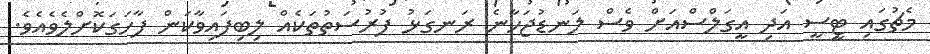
މެޗުގައި ޓީސީ އަދި އީގަލްސްއަށް ވެސް ލަނޑުޖަހާނެ ރަނގަޅު ފުރުސަތުތަކެއް ލިބިފައިވާކަން ފާހަގަކޮށްލެވެއެވެ.